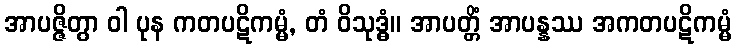
အာပဇ္ဇိတွာ ဝါ ပုန ကတပဋိကမ္မံ, တံ ဝိသုဒ္ဓံ။ အာပတ္တိံ အာပန္နဿ အကတပဋိကမ္မံ